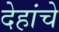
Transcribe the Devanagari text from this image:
देहांचे